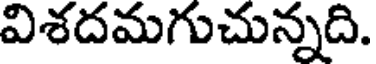
విశదమగుచున్నది.